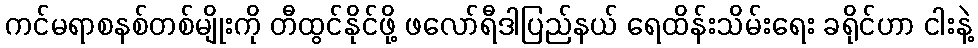
ကင်မရာစနစ်တစ်မျိုးကို တီထွင်နိုင်ဖို့ ဖလော်ရီဒါပြည်နယ် ရေထိန်းသိမ်းရေး ခရိုင်ဟာ ငါးနဲ့